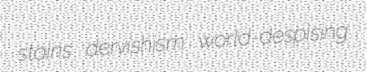
stains dervishism world-despising